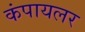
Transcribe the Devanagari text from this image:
कंपायलर